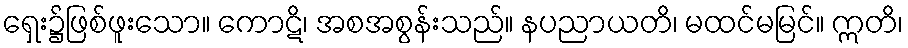
ရှေး၌ဖြစ်ဖူးသော။ ကောဋိ၊ အစအစွန်းသည်။ နပညာယတိ၊ မထင်မမြင်။ ဣတိ၊